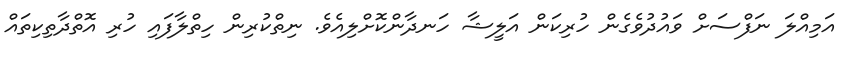
އަމިއްލަ ނަފްްސަށް ވައުދުވެގެން ހުރިކަން އަލީޝާ ހަނދާންކޮށްލިއެވެ. ނިތްކުރިން ހިތްލާފައި ހުރި އޮތްދާތިކިތައް